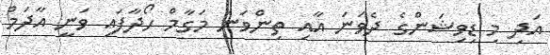
އަދި މި ޑިވިޝަންގެ ދެވަނަ އާއި ތިންވަނަ މަގާމް ހޯދާފައި ވަނީ އާދަމް